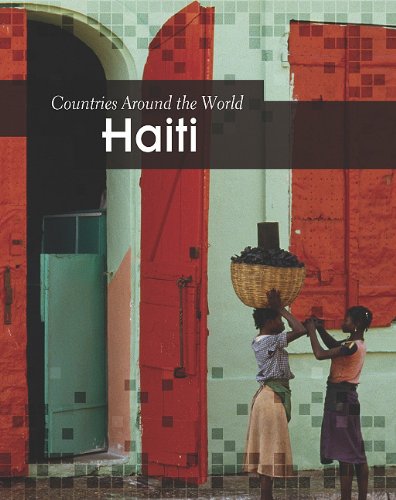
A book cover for Haiti (Countries Around the World); Elizabeth Raum; Children's Books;